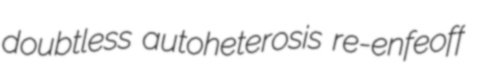
doubtless autoheterosis re-enfeoff